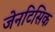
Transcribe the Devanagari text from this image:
जेनटिसिक